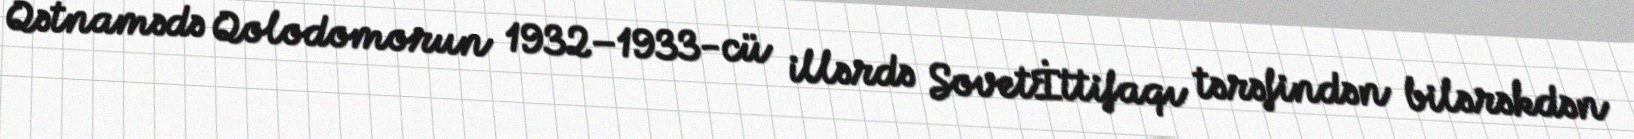
Qətnamədə Qolodomorun 1932–1933-cü illərdə Sovetİttifaqı tərəfindən bilərəkdən